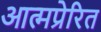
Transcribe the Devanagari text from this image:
आत्मप्रेरित